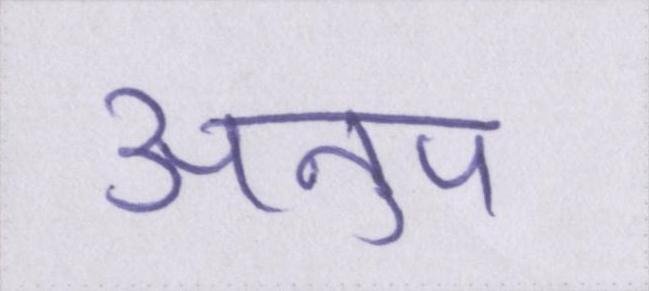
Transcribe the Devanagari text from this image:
अनुप